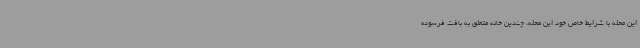
این محله با شرایط خاص خود این محله، چندین خانه متعلق به بافت فرسوده